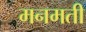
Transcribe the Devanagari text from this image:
मनमती